Annual report of the Civil Veterinary Department, Bengal, for the year 1896-97 - 1896-1897
Year: 1896
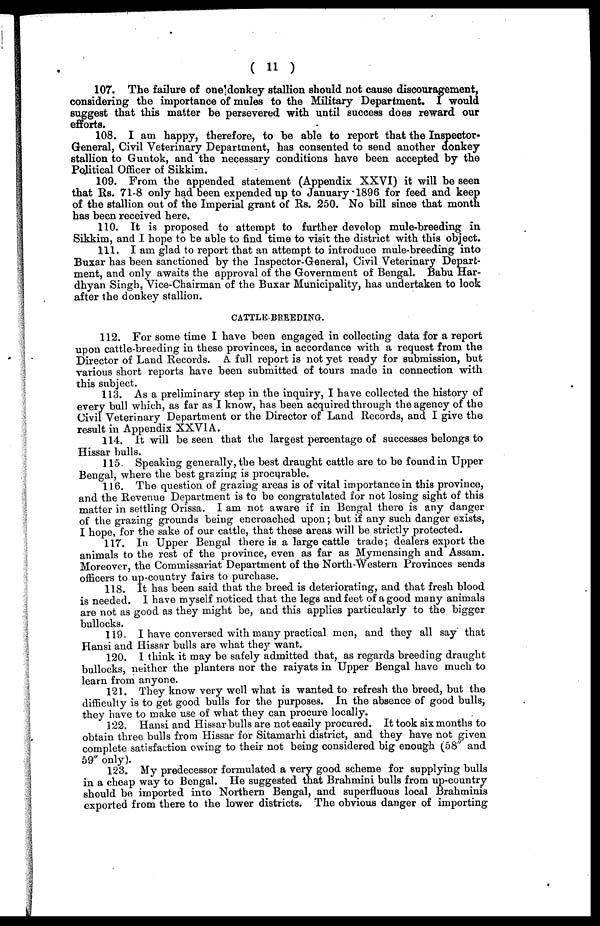
(11)
107. The failure of one donkey stallion should not cause discouragement,
considering the importance of mules to the Military Department. I would
suggest that this matter be persevered with until success does reward our
efforts.
108. I am happy, therefore, to be able to report that the Inspector-
General, Civil Veterinary Department, has consented to send another donkey
stallion to Guntok, and the necessary conditions have been accepted by the
Political Officer of Sikkim.
109. From the appended statement (Appendix XXVI) it will be seen
that Rs. 71-8 only had been expended up to January 1896 for feed and keep
of the stallion out of the Imperial grant of Rs. 250. No bill since that month
has been received here.
110. It is proposed to attempt to further develop mule-breeding in
Sikkim, and I hope to be able to find time to visit the district with this object.
111. I am glad to report that an attempt to introduce mule-breeding into
Buxar has been sanctioned by the Inspector-General, Civil Veterinary Depart-
ment, and only awaits the approval of the Government of Bengal. Babu Har-
dhyan Singh, Vice-Chairman of the Buxar Municipality, has undertaken to look
after the donkey stallion.
CATTLE BREEDING.
112. For some time I have been engaged in collecting data for a report
upon cattle-breeding in these provinces, in accordance with a request from the
Director of Land Records. A. full report is not yet ready for submission, but
various short reports have been submitted of tours made in connection with
this subject.
113. As a preliminary step in the inquiry, I have collected the history of
every bull which, as far as I know, has been acquired through the agency of the
Civil Veterinary Department or the Director of Land Records, and I give the
result in Appendix XXVIA.
114. It will be seen that the largest percentage of successes belongs to
Hissar bulls.
115. Speaking generally, the best draught cattle are to be found in Upper
Bengal, where the best grazing is procurable.
116. The question of grazing areas is of vital importance in this province,
and the Revenue Department is to be congratulated for not losing sight of this
matter in settling Orissa. I am not aware if in Bengal there is any danger
of the grazing grounds being encroached upon; but if any such danger exists,
I hope, for the sake of our cattle, that these areas will be strictly protected.
117. In Upper Bengal there is a large cattle trade; dealers export the
animals to the rest of the province, even as far as Mymensingh and Assam.
Moreover, the Commissariat Department of the North Western Provinces sends
officers to up-country fairs to purchase.
118. It has been said that the breed is deteriorating, and that fresh blood
is needed. I have myself noticed that the legs and feet of a good many animals
are not as good as they might be, and this applies particularly to the bigger
bullocks.
119. I have conversed with many practical men, and they all say that
Hansi and Hissar bulls are what they' want.
120. I think it may be safely admitted that, as regards breeding draught
bullocks, neither the planters nor the raiyats in Upper Bengal have much to
learn from anyone.
121. They know very well what is wanted to refresh the breed, but the
difficulty is to get good bulls for the purposes. In the absence of good bulls,
they have to make use of what they can procure locally.
122. Hansi and Hissar bulls are not easily procured. It took six months to
obtain three bulls from Hissar for Sitamarhi district, and they have not given
complete satisfaction owing to their not being considered big enough (58" and
59" only).
123. My predecessor formulated a very good scheme for supplying bulls
in a cheap way to Bengal. He suggested that Brahmini bulls from up-country
should be imported into Northern Bengal, and superfluous local Brahminis
exported from there to the lower districts. The obvious danger of importing